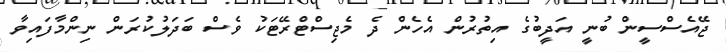
ޖޭއެސްސީން ބުނީ އަދީބުގެ އިތުރުން އެހެން ދެ މެޖިސްޓްރޭޓަކު ވެސް ބަދަލުކުރަން ނިންމާފައިވާ